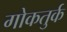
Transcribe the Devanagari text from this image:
गोकतुर्क